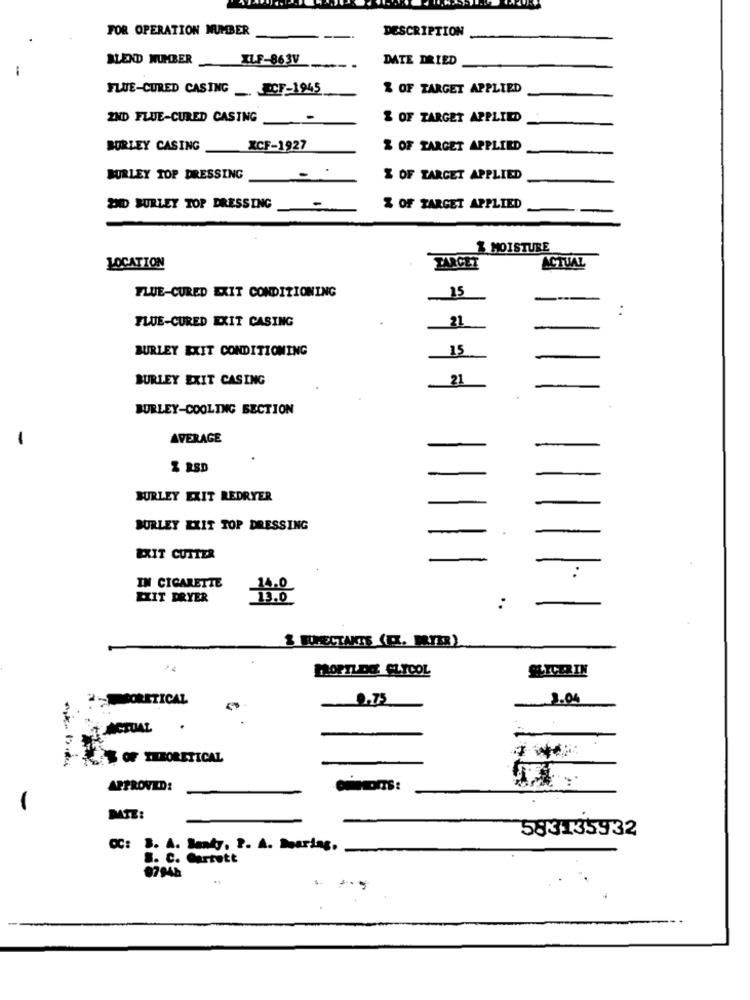
FOR OPERATION NUMBER
DESCRIPTION
ILF-863V
DATE DRIED
-
BLEND NUMBER
FLUE-CURED CASING _RCF-1945
% OF TARGET APPLIED
2ND FLUE-CURED CASING
-
& OF TARGET APPLIED
BURLEY CASING
XCF-1927
% OF TARGET APPLIED
BURLEY TOP DRESSING
% OF TARGET APPLIED
DDD BURLEY TOP DRESSING
-
% OF TARGET APPLIED
$ MOISTURE
TARGET
LOCATION
ACTUAL
25
FLUE-CURED EXIT CONDITIONING
:
FLUE-CURED EXIT CASING
21
-
BURLEY EXIT CONDITIONING
15
-
BURLEY EXIT CASING
21
BURLEY-COOLING SECTION
-
AVERAGE
% RSD
BURLEY EXIT REDRYER
BURLEY EXIT TOP DRESSING
EXIT CUTTER
11
:
IN CIGARETTE
EXIT DRYER
:
& FFECTANTS (EL. DR.YZR)
KLOPTLOO GLYCOL
GLICER IN
_0,75
3.04
OF THEORETICAL
APPROVED:
DATE:
583135932
CC: B. A. Banky. P. A. Maring.
S. C. Garrett
07948
..